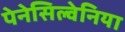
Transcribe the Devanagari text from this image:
पेनेसिल्वेनिया